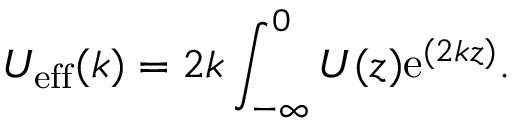
U _ { \mathrm { e f f } } ( k ) = 2 k \int _ { - \infty } ^ { 0 } U ( z ) \mathrm { e } ^ { ( 2 k z ) } .